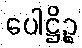
ပေါဋ္ဌိဉ္စ